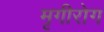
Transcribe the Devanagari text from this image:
मृगीरोग